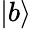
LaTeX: |b\rangle